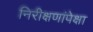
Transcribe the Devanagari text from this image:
निरीक्षणांपेक्षा